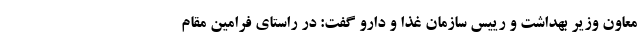
معاون وزیر بهداشت و رییس سازمان غذا و دارو گفت: در راستای فرامین مقام